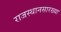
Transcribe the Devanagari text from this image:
राजस्थानसारख्या